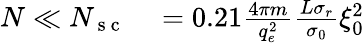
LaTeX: \begin{array}{rl}{N\ll N_{\mathrm{~s~c~}}}&{{}=0.21\frac{4\pi m}{q_{e}^{2}}\frac{L\sigma_{r}}{\sigma_{0}}\xi_{0}^{2}}\end{array}